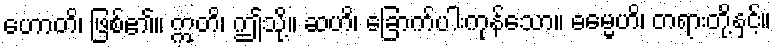
ဟောတိ၊ ဖြစ်၏။ ဣတိ၊ ဤသို့။ ဆဟိ၊ ခြောက်ပါးကုန်သော။ ဓမ္မေဟိ၊ တရားတို့နှင့်။